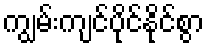
ကျွမ်းကျင်ပိုင်နိုင်စွာ